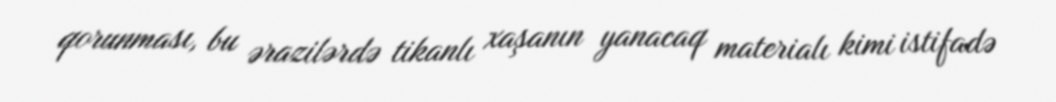
qorunması, bu ərazilərdə tikanlı xaşanın yanacaq materialı kimi istifadə